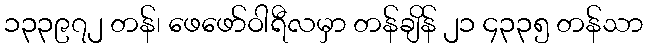
၁၃၃၉၇၂ တန်၊ ဖေဖော်ဝါရီလမှာ တန်ချိန် ၂၁ ၄၃၃၅ တန်သာ